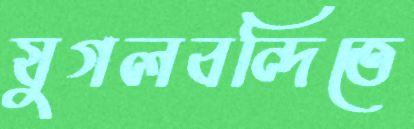
যুগলবন্দিতে